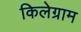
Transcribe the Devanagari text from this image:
किलेग्राम